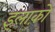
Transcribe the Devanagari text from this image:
इलाक़ो